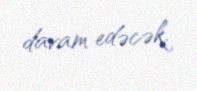
davam edəcək.